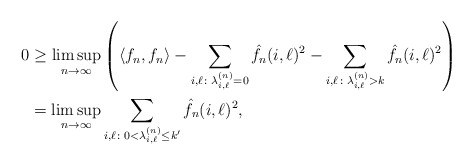
\begin{align*}0 &\geq \limsup_{n \to \infty} \left( \langle f_n, f_n \rangle - \sum_{i, \ell \colon \lambda_{i,\ell}^{(n)} = 0} \hat f_n(i,\ell)^2 - \sum_{i,\ell \colon \lambda_{i,\ell}^{(n)} > k} \hat f_n(i,\ell)^2 \right)\\&= \limsup_{n \to \infty} \sum_{i, \ell \colon 0<\lambda_{i,\ell}^{(n)} \leq k' } \hat f_n(i,\ell)^2,\end{align*}